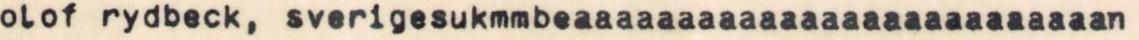
olof rydbeck, sverigesukmmbeaaaaaaaaaaaaaaaaaaaaaaaaaan